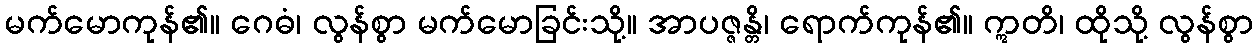
မက်မောကုန်၏။ ဂေဓံ၊ လွန်စွာ မက်မောခြင်းသို့။ အာပဇ္ဇန္တိ၊ ရောက်ကုန်၏။ ဣတိ၊ ထိုသို့ လွန်စွာ